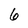
Character: 6